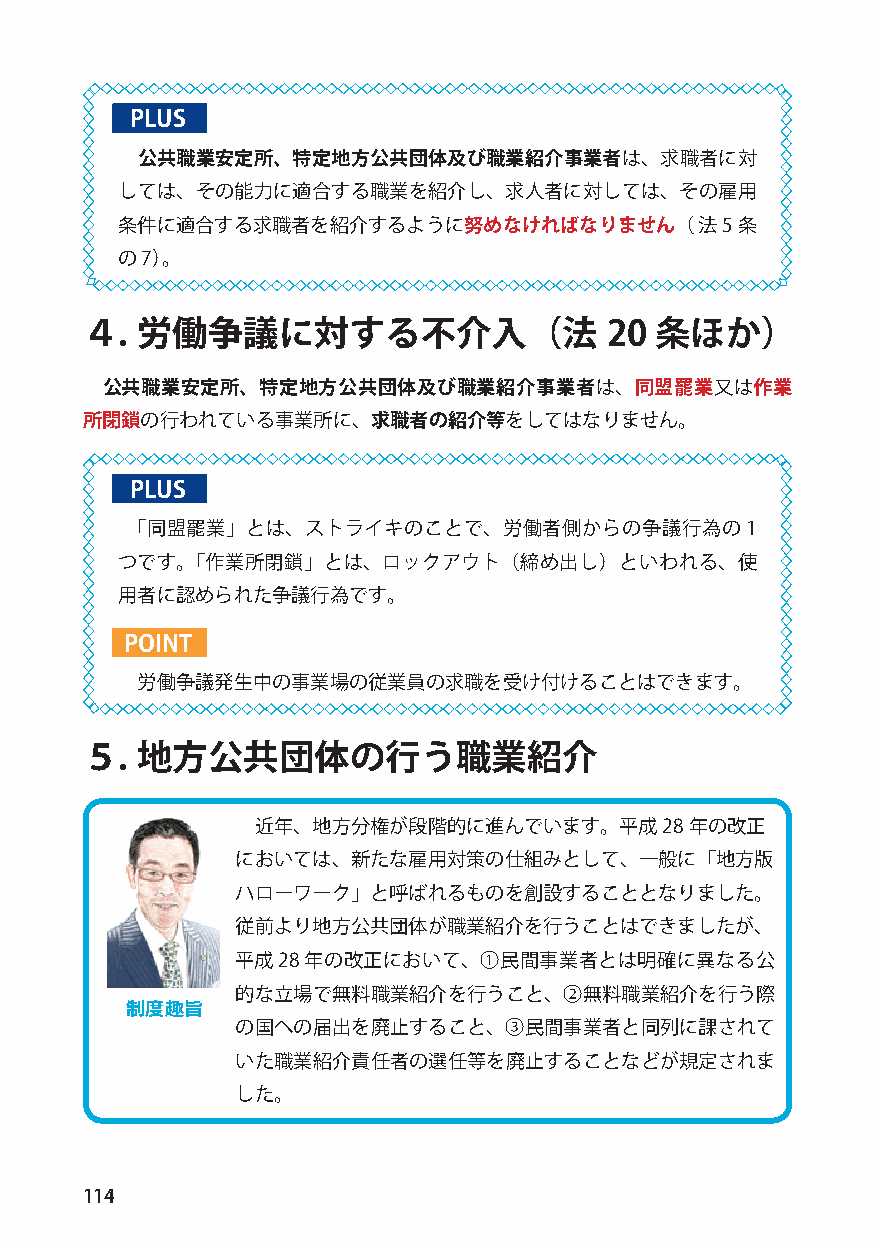
PLUS
 公共職業安定所、特定地方公共団体及び職業紹介事業者は、求職者に対
 しては、その能力に適合する職業を紹介し、求人者に対しては、その雇用
 条件に適合する求職者を紹介するように努めなければなりません（        法5 条
 の7）。
 ４.  労働争議に対する不介入（法                  20 条ほか）
 公共職業安定所、特定地方公共団体及び職業紹介事業者は、同盟罷業又は作業
 所閉鎖の行われている事業所に、求職者の紹介等をしてはなりません。
 PLUS
 「同盟罷業」とは、ストライキのことで、労働者側からの争議行為の1
 つです。「作業所閉鎖」とは、ロックアウト（締め出し）といわれる、使
 用者に認められた争議行為です。
 POINT
 労働争議発生中の事業場の従業員の求職を受け付けることはできます。
 ５.  地方公共団体の行う職業紹介
 近年、地方分権が段階的に進んでいます。平成28      年の改正
 においては、新たな雇用対策の仕組みとして、一般に「地方版
 ハローワーク」と呼ばれるものを創設することとなりました。
 従前より地方公共団体が職業紹介を行うことはできましたが、
 平成28年の改正において、①民間事業者とは明確に異なる公
 的な立場で無料職業紹介を行うこと、②無料職業紹介を行う際
 制度趣旨
 の国への届出を廃止すること、③民間事業者と同列に課されて
 いた職業紹介責任者の選任等を廃止することなどが規定されま
 した。
 114